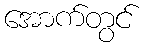
အောက်တွင်